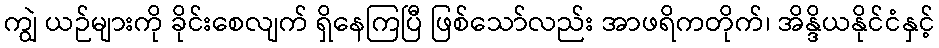
ကျွဲ ယဉ်များကို ခိုင်းစေလျက် ရှိနေကြပြီ ဖြစ်သော်လည်း အာဖရိကတိုက်၊ အိန္ဒိယနိုင်ငံနှင့်